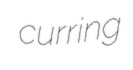
curring